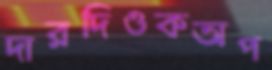
দারদিওকঅপ